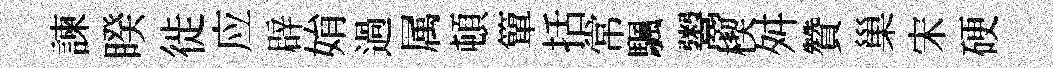
諫睽徙应辟姢過属頓簞括常颿鬻楔舛贊巢宋硬